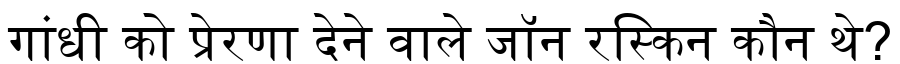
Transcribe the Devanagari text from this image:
गांधी को प्रेरणा देने वाले जॉन रस्किन कौन थे?